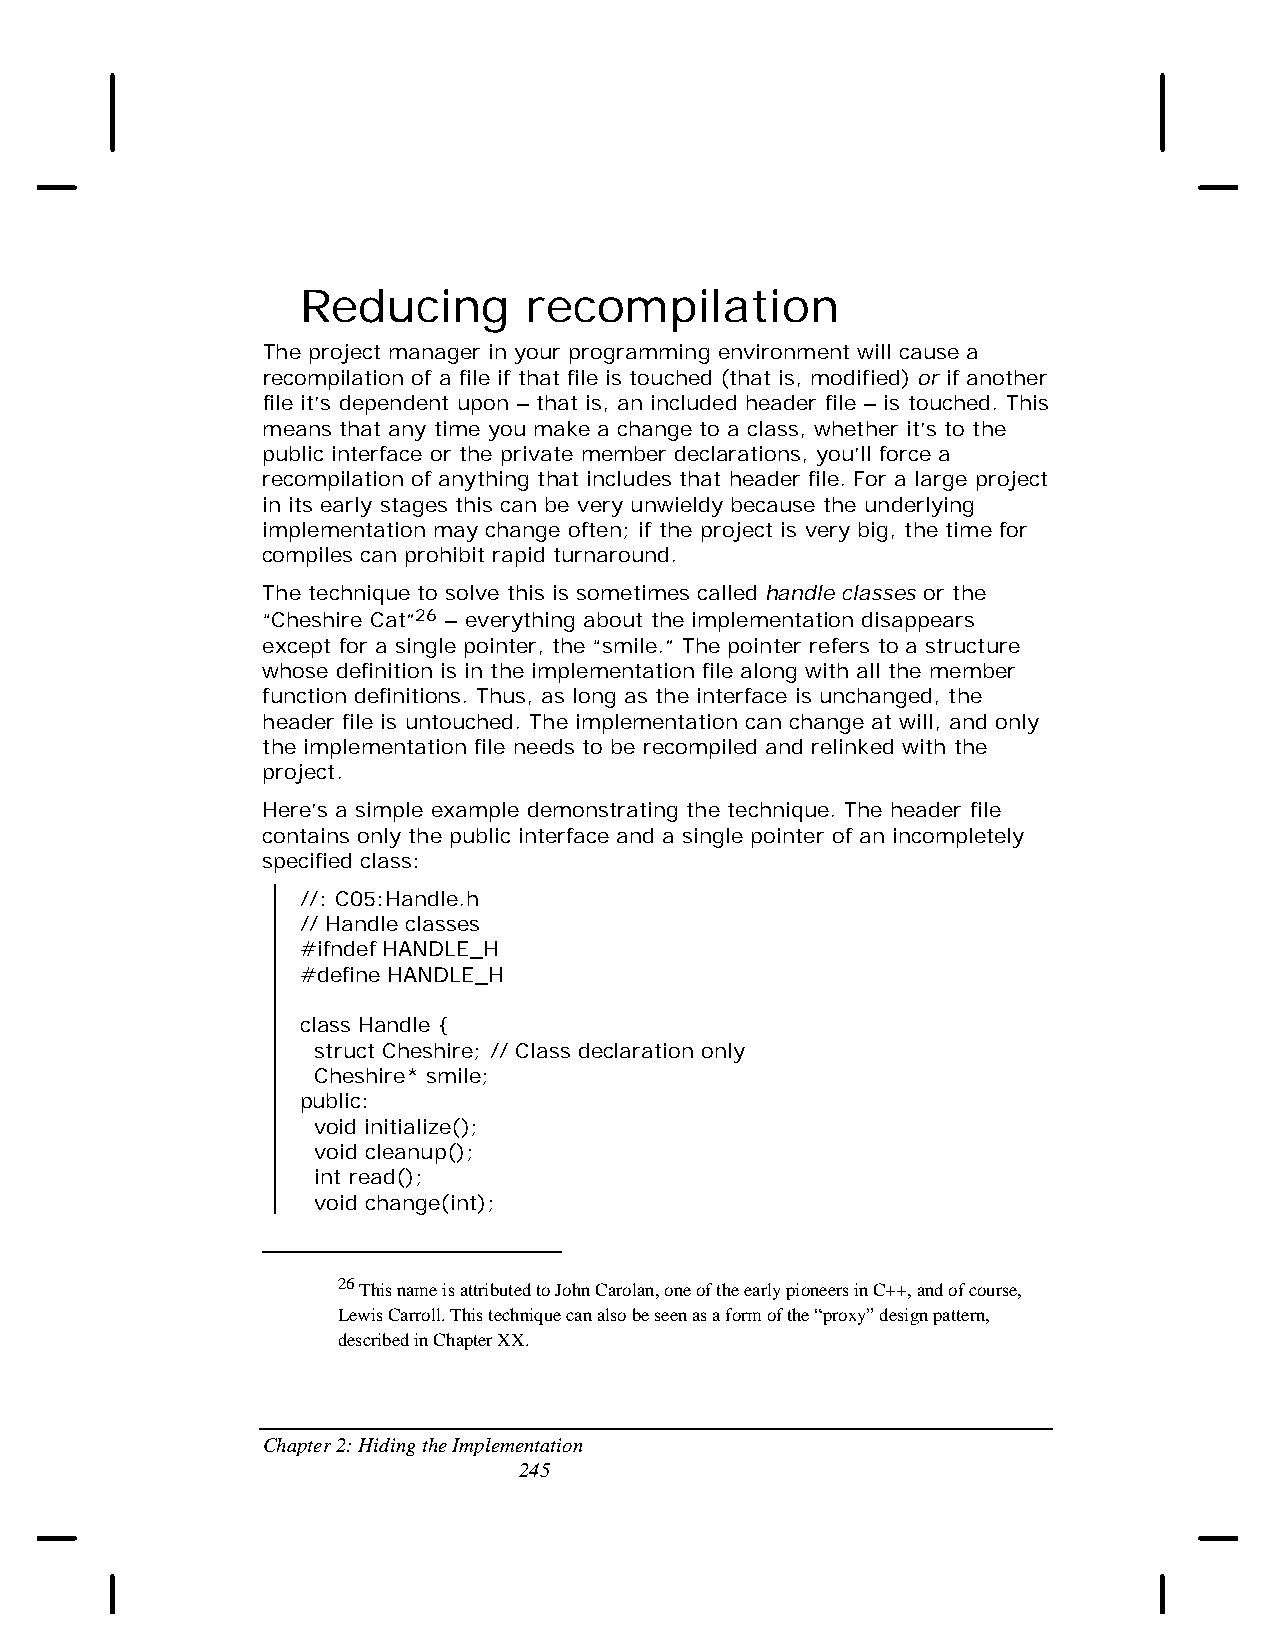
Reducing       recompilation
 The project manager in your programming environment will cause a
 recompilation of a file if that file is touched (that is, modified) or if another
 file it’s dependent upon – that is, an included header file – is touched. This
 means that any time you make a change to a class, whether it’s to the
 public interface or the private member declarations, you’ll force a
 recompilation of anything that includes that header file. For a large project
 in its early stages this can be very unwieldy because the underlying
 implementation may change often; if the project is very big, the time for
 compiles can prohibit rapid turnaround.
 The technique to solve this is sometimes called handle classes or the
 “Cheshire Cat”26 – everything about the implementation disappears
 except for a single pointer, the “smile.” The pointer refers to a structure
 whose definition is in the implementation file along with all the member
 function definitions. Thus, as long as the interface is unchanged, the
 header file is untouched. The implementation can change at will, and only
 the implementation file needs to be recompiled and relinked with the
 project.
 Here’s a simple example demonstrating the technique. The header file
 contains only the public interface and a single pointer of an incompletely
 specified class:
 //: C05:Handle.h
 // Handle classes
 #ifndef HANDLE_H
 #define HANDLE_H
 class Handle {
 struct Cheshire; // Class declaration only
 Cheshire* smile;
 public:
 void initialize();
 void cleanup();
 int read();
 void change(int);
 26 This name is attributed to John Carolan, one of the early pioneers in C++, and of course,
 Lewis Carroll. This technique can also be seen as a form of the “proxy” design pattern,
 described in Chapter XX.
 Chapter 2: Hiding the Implementation
 245